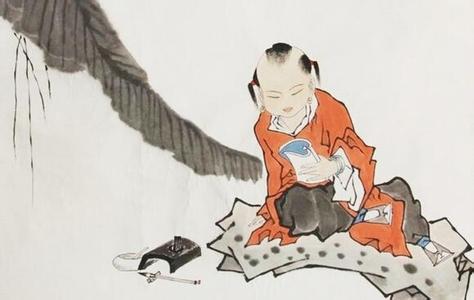
青，取之于蓝，而青于蓝冰，水为之，而寒于水。